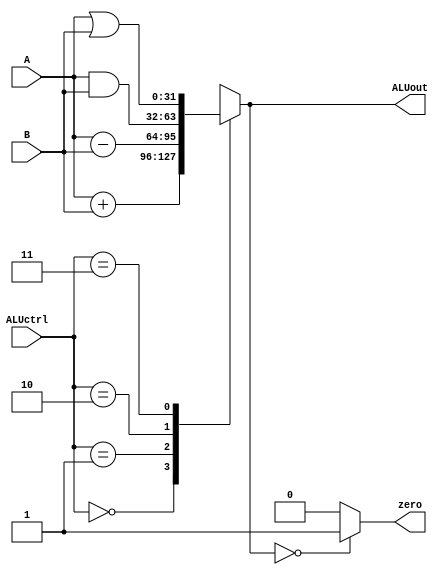
module Alu (
input wire [1:0] ALUctrl ,  
input wire [31:0] A , B   ,
output reg [31:0] ALUout,
output wire       zero
);

assign zero = (ALUout == 0)? 1 : 0 ;

always@(*) 
 begin
   
   case(ALUctrl)
     2'b00:  ALUout = A + B ;
     2'b01:  ALUout = A - B ;
     2'b10:  ALUout = A & B ;
     2'b11:  ALUout = A | B ;
     default:  ALUout = 0 ;
	  endcase
	
end

endmodule